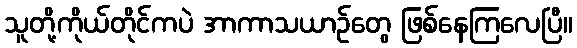
သူတို့ကိုယ်တိုင်ကပဲ အာကာသယာဉ်တွေ ဖြစ်နေကြလေပြီ။